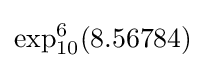
\exp _{10}^{6}(8.56784)